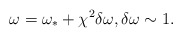
\begin{align*}\omega = \omega_* + \chi^2 \delta\omega, \delta\omega \sim 1.\end{align*}